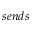
s e n d s